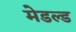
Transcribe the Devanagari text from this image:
मेडल्ड